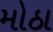
મોઠા